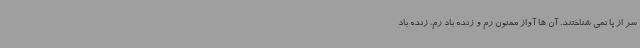
سر از پا نمی شناختند. آن ها آواز ممنون رم و زنده باد رم، زنده باد